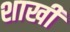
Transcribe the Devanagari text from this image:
शाखी